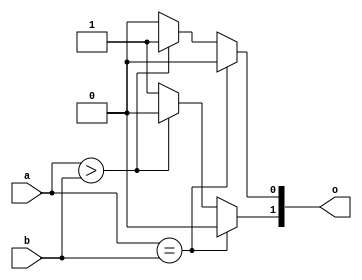
`timescale 1ns / 1ps
//20L115
//GOKUL P
module mag(input a,b,output reg[1:0]o);
//reg [1:0]o;
always@(*)
begin
if(a==b)
begin
o[0]=0;
o[1]=0;
end
else if(a>b)
begin
o[0]=1;
o[1]=0;
end
else
begin
o[0]=0;
o[1]=1;
end
end
endmodule